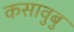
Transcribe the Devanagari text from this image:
कसावुबु